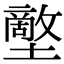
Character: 𡒱